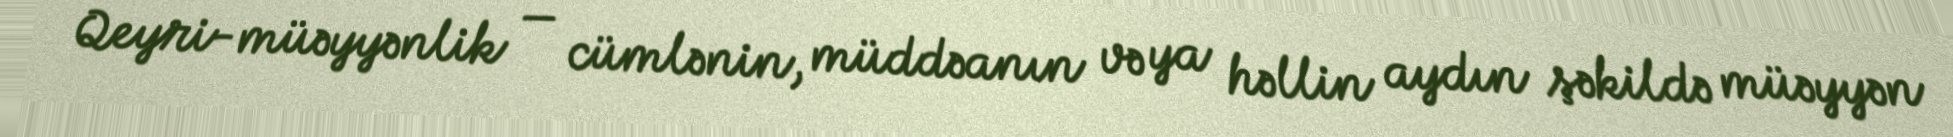
Qeyri-müəyyənlik — cümlənin, müddəanın və ya həllin aydın şəkildə müəyyən